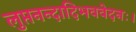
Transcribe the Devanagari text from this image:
लुप्तनन्दादिभववेदनः।